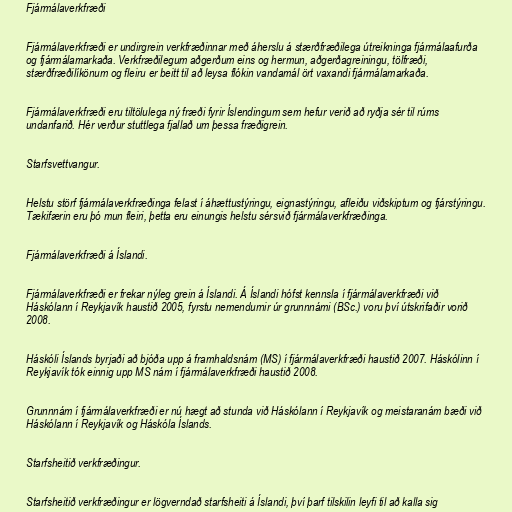
Fjármálaverkfræði

Fjármálaverkfræði er undirgrein verkfræðinnar með áherslu á stærðfræðilega útreikninga fjármálaafurða
og fjármálamarkaða. Verkfræðilegum aðgerðum eins og hermun, aðgerðagreiningu, tölfræði,
stærðfræðilíkönum og fleiru er beitt til að leysa flókin vandamál ört vaxandi fjármálamarkaða.

Fjármálaverkfræði eru tiltölulega ný fræði fyrir Íslendingum sem hefur verið að ryðja sér til rúms
undanfarið. Hér verður stuttlega fjallað um þessa fræðigrein.

Starfsvettvangur.

Helstu störf fjármálaverkfræðinga felast í áhættustýringu, eignastýringu, afleiðu viðskiptum og fjárstýringu.
Tækifærin eru þó mun fleiri, þetta eru einungis helstu sérsvið fjármálaverkfræðinga.

Fjármálaverkfræði á Íslandi.

Fjármálaverkfræði er frekar nýleg grein á Íslandi. Á Íslandi hófst kennsla í fjármálaverkfræði við
Háskólann í Reykjavík haustið 2005, fyrstu nemendurnir úr grunnnámi (BSc.) voru því útskrifaðir vorið
2008.

Háskóli Íslands byrjaði að bjóða upp á framhaldsnám (MS) í fjármálaverkfræði haustið 2007. Háskólinn í
Reykjavík tók einnig upp MS nám í fjármálaverkfræði haustið 2008.

Grunnnám í fjármálaverkfræði er nú hægt að stunda við Háskólann í Reykjavík og meistaranám bæði við
Háskólann í Reykjavík og Háskóla Íslands.

Starfsheitið verkfræðingur.

Starfsheitið verkfræðingur er lögverndað starfsheiti á Íslandi, því þarf tilskilin leyfi til að kalla sig